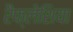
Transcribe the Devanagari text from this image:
रैफ्लेशिया